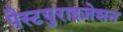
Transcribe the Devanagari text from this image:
पैस्टयुराइज़ेशन